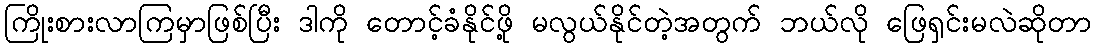
ကြိုးစားလာကြမှာဖြစ်ပြီး ဒါကို တောင့်ခံနိုင်ဖို့ မလွယ်နိုင်တဲ့အတွက် ဘယ်လို ဖြေရှင်းမလဲဆိုတာ